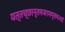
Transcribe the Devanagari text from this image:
यत्तच्छान्तमजरममृतमभयं